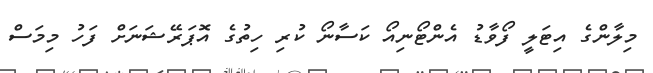
މިލާންގެ އިޓަލީ ފޯވާޑު އެންޓޯނިއޯ ކަސާނޯ ކުރި ހިތުގެ އޮޕަރޭޝަނަށް ފަހު މިމަސް